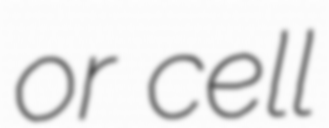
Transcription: or cell